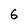
Character: 6